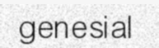
genesial